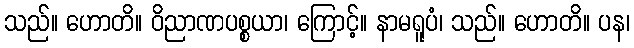
သည်။ ဟောတိ။ ဝိညာဏပစ္စယာ၊ ကြောင့်။ နာမရူပံ၊ သည်။ ဟောတိ။ ပန၊